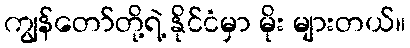
ကျွန်တော်တို့ရဲ့ နိုင်ငံမှာ မိုး များတယ်။